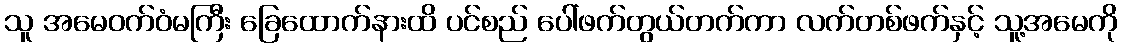
သူ အမေဝက်ဝံမကြီး ခြေထောက်နားထိ ပင်စည် ပေါ်ဖက်တွယ်တက်ကာ လက်တစ်ဖက်နှင့် သူ့အမေကို